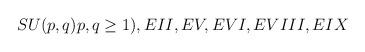
LaTeX: \begin{align*}SU(p,q) p,q\geq 1), EII,EV,EVI,EVIII,EIX\end{align*}